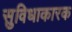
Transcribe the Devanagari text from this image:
सुविधाकारक